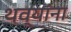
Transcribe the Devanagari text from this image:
थव्यांना